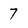
Character: 7